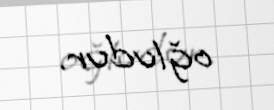
oğludur.